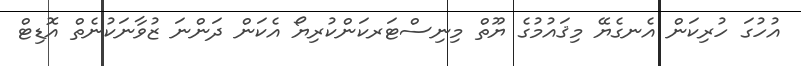
އުހުގަ ހުރިކަން އެނގެޔޭ މިޤައުމުގެ ޔޫތް މިނިސްޓަރކަންކުރިޔޯ އެކަން ދަންނަ ޒުވާނަކުނެތް އޮޑިޓް